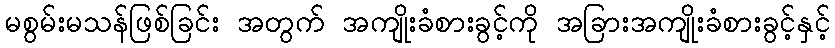
မစွမ်းမသန်ဖြစ်ခြင်း အတွက် အကျိုးခံစားခွင့်ကို အခြားအကျိုးခံစားခွင့်နှင့်